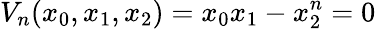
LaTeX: {V_{n}}({x_{0}},{x_{1}},{x_{2}})={x_{0}}{x_{1}}-{x_{2}^{n}}=0